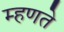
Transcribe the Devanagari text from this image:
म्‍हणते